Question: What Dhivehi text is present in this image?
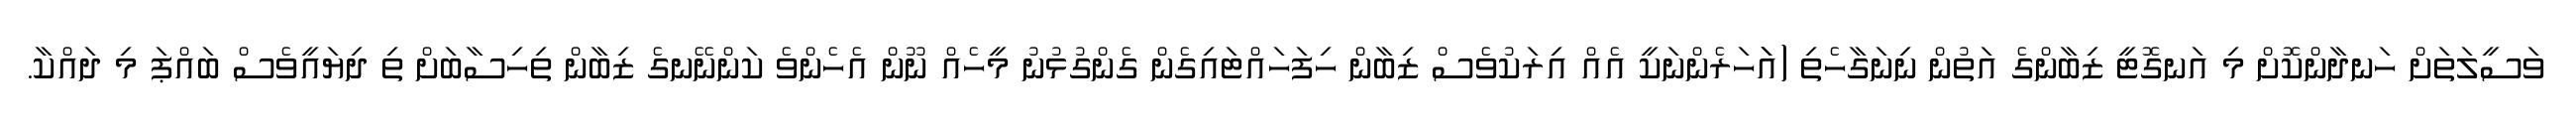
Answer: ވަސީލަތަށް ހަނދާންކޮށް މި އަނގޮޓީ ޒިބާންގެ އަތުން ނިނަގާހެތި (އަަހަރެންނަކީ އެއް އިރަކުވެސް ޒިބާން ހިފަހައްޓައިގެން ގެންގުޅުނު މީހެއް ނޫން އެހެންވެ ކަންނޭނގެ ޒިބާން ތިހިސާބަށް ތި ދިޔައީވެސް ބައްޕަ މި ދައްކާ.